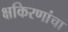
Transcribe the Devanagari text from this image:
क्षकिरणांचा